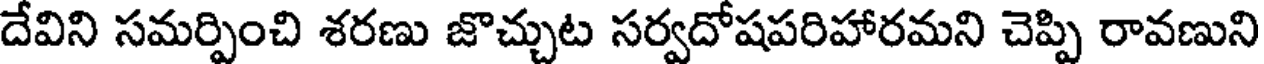
దేవిని సమర్పించి శరణు జొచ్చుట సర్వదోషపరిహారమని చెప్పి రావణుని